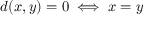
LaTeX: d ( x , y ) = 0 \iff x = y